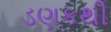
ડણકથી